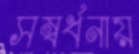
সম্বর্ধনায়